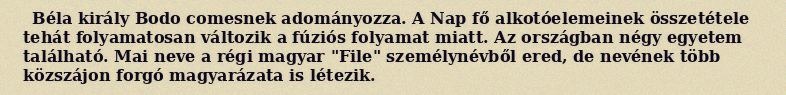
Béla király Bodo comesnek adományozza. A Nap fő alkotóelemeinek összetétele tehát folyamatosan változik a fúziós folyamat miatt. Az országban négy egyetem található. Mai neve a régi magyar "File" személynévből ered, de nevének több közszájon forgó magyarázata is létezik.